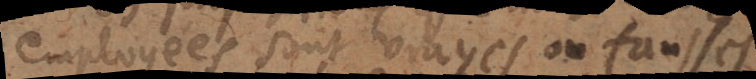
employées sont vrayes ou fausses,